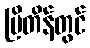
ဗြိတိန်တွင်